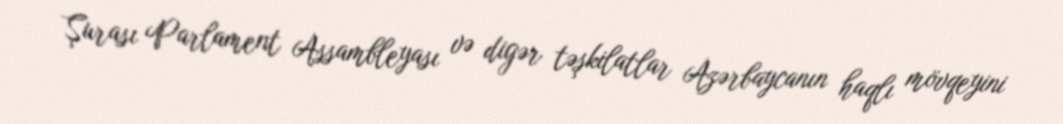
Şurası Parlament Assambleyası və digər təşkilatlar Azərbaycanın haqlı mövqeyini